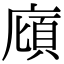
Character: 廎